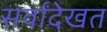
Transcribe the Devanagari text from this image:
सर्वांदेखत